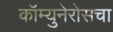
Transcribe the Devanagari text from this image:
कॉम्युनेरोसचा